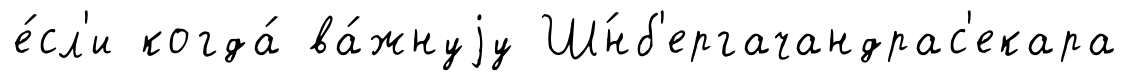
е́сл'и когда́ ва́жнуjу Ш́нб'ергачандрас'екара